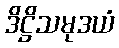
ဒိဋ္ဌိသမုဒယံ